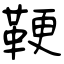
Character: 鞕